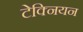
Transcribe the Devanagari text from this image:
टेक्नियन